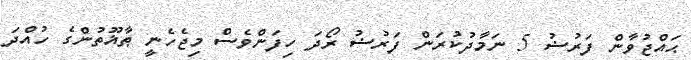
ޙައްޖުވާން ފަރުޟު 5 ނަމާދުކުރަން ފަރުޟު ރޯދަ ހިފަންވެސް މިޖެހެނީ ޠާޣޫތުންގެ ހުއްދަ